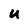
Character: U